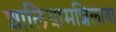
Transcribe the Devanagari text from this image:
शालिग्रामशिलावा